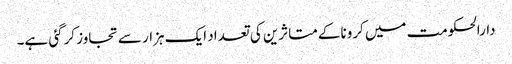
دارالحکومت میں کرونا کےمتاثرین کی تعداد ایک ہزار سے تجاوز کرگئی ہے۔